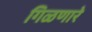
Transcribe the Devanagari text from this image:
गिळणारे